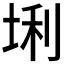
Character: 𪣛